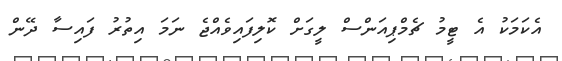
އެކަމަކު އެ ޓީމު ޗެމްޕިއަންސް ލީގަށް ކޮލިފައިވެއްޖެ ނަމަ އިތުރު ފައިސާ ދޭން